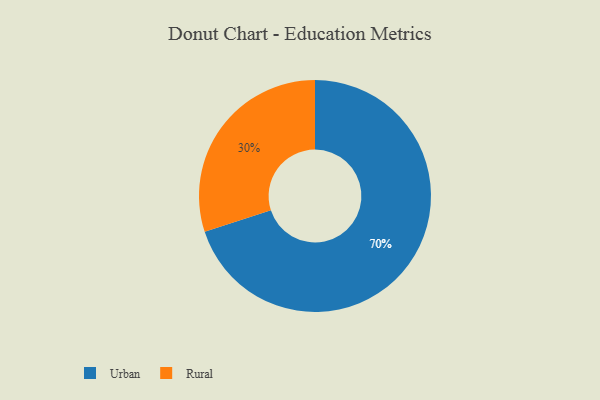
{"axis": {"x": "Category", "y": "Percentage"}, "legend": ["Rural", "Urban"], "data": [{"x": "Urban", "y": 70, "type": "Urban"}, {"x": "Rural", "y": 30, "type": "Rural"}]}